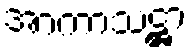
အာကာသဋ္ဌာ